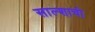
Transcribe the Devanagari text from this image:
साल्शाची